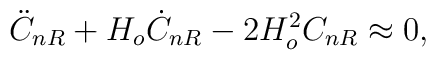
\ddot{C}_{nR}+H_o\dot{C}_{nR}-2H_o^2C_{nR}\approx 0,